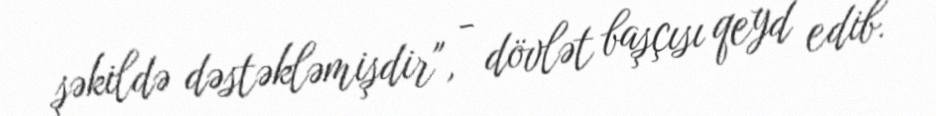
şəkildə dəstəkləmişdir", - dövlət başçısı qeyd edib.